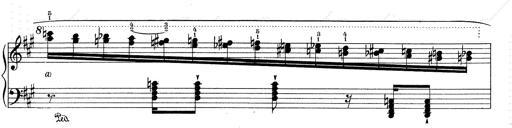
Title: RÃ©miniscences de Don Juan
Composer: Franz Liszt